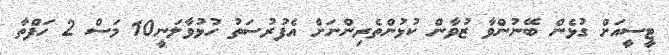
ޓީސީއަށް ގުޅެން ބޭނުންވާ ޒުވާން ކުޅުންތެރިންނަށް އެފުރުސަތު ހުޅުވާލަނީ10 މަސް 2 ހަފްތާ